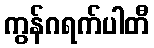
ကွန်ဂရက်ပါတီ